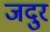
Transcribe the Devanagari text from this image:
जदुर